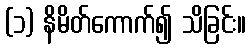
(၁) နိမိတ်ကောက်၍ သိခြင်း။